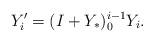
LaTeX: \begin{align*}Y_i'= (I+Y_*)_{0}^{i-1} Y_i.\end{align*}